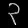
Digit: ၃